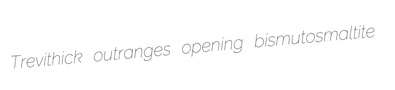
Trevithick outranges opening bismutosmaltite